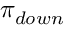
\pi _ { d o w n }